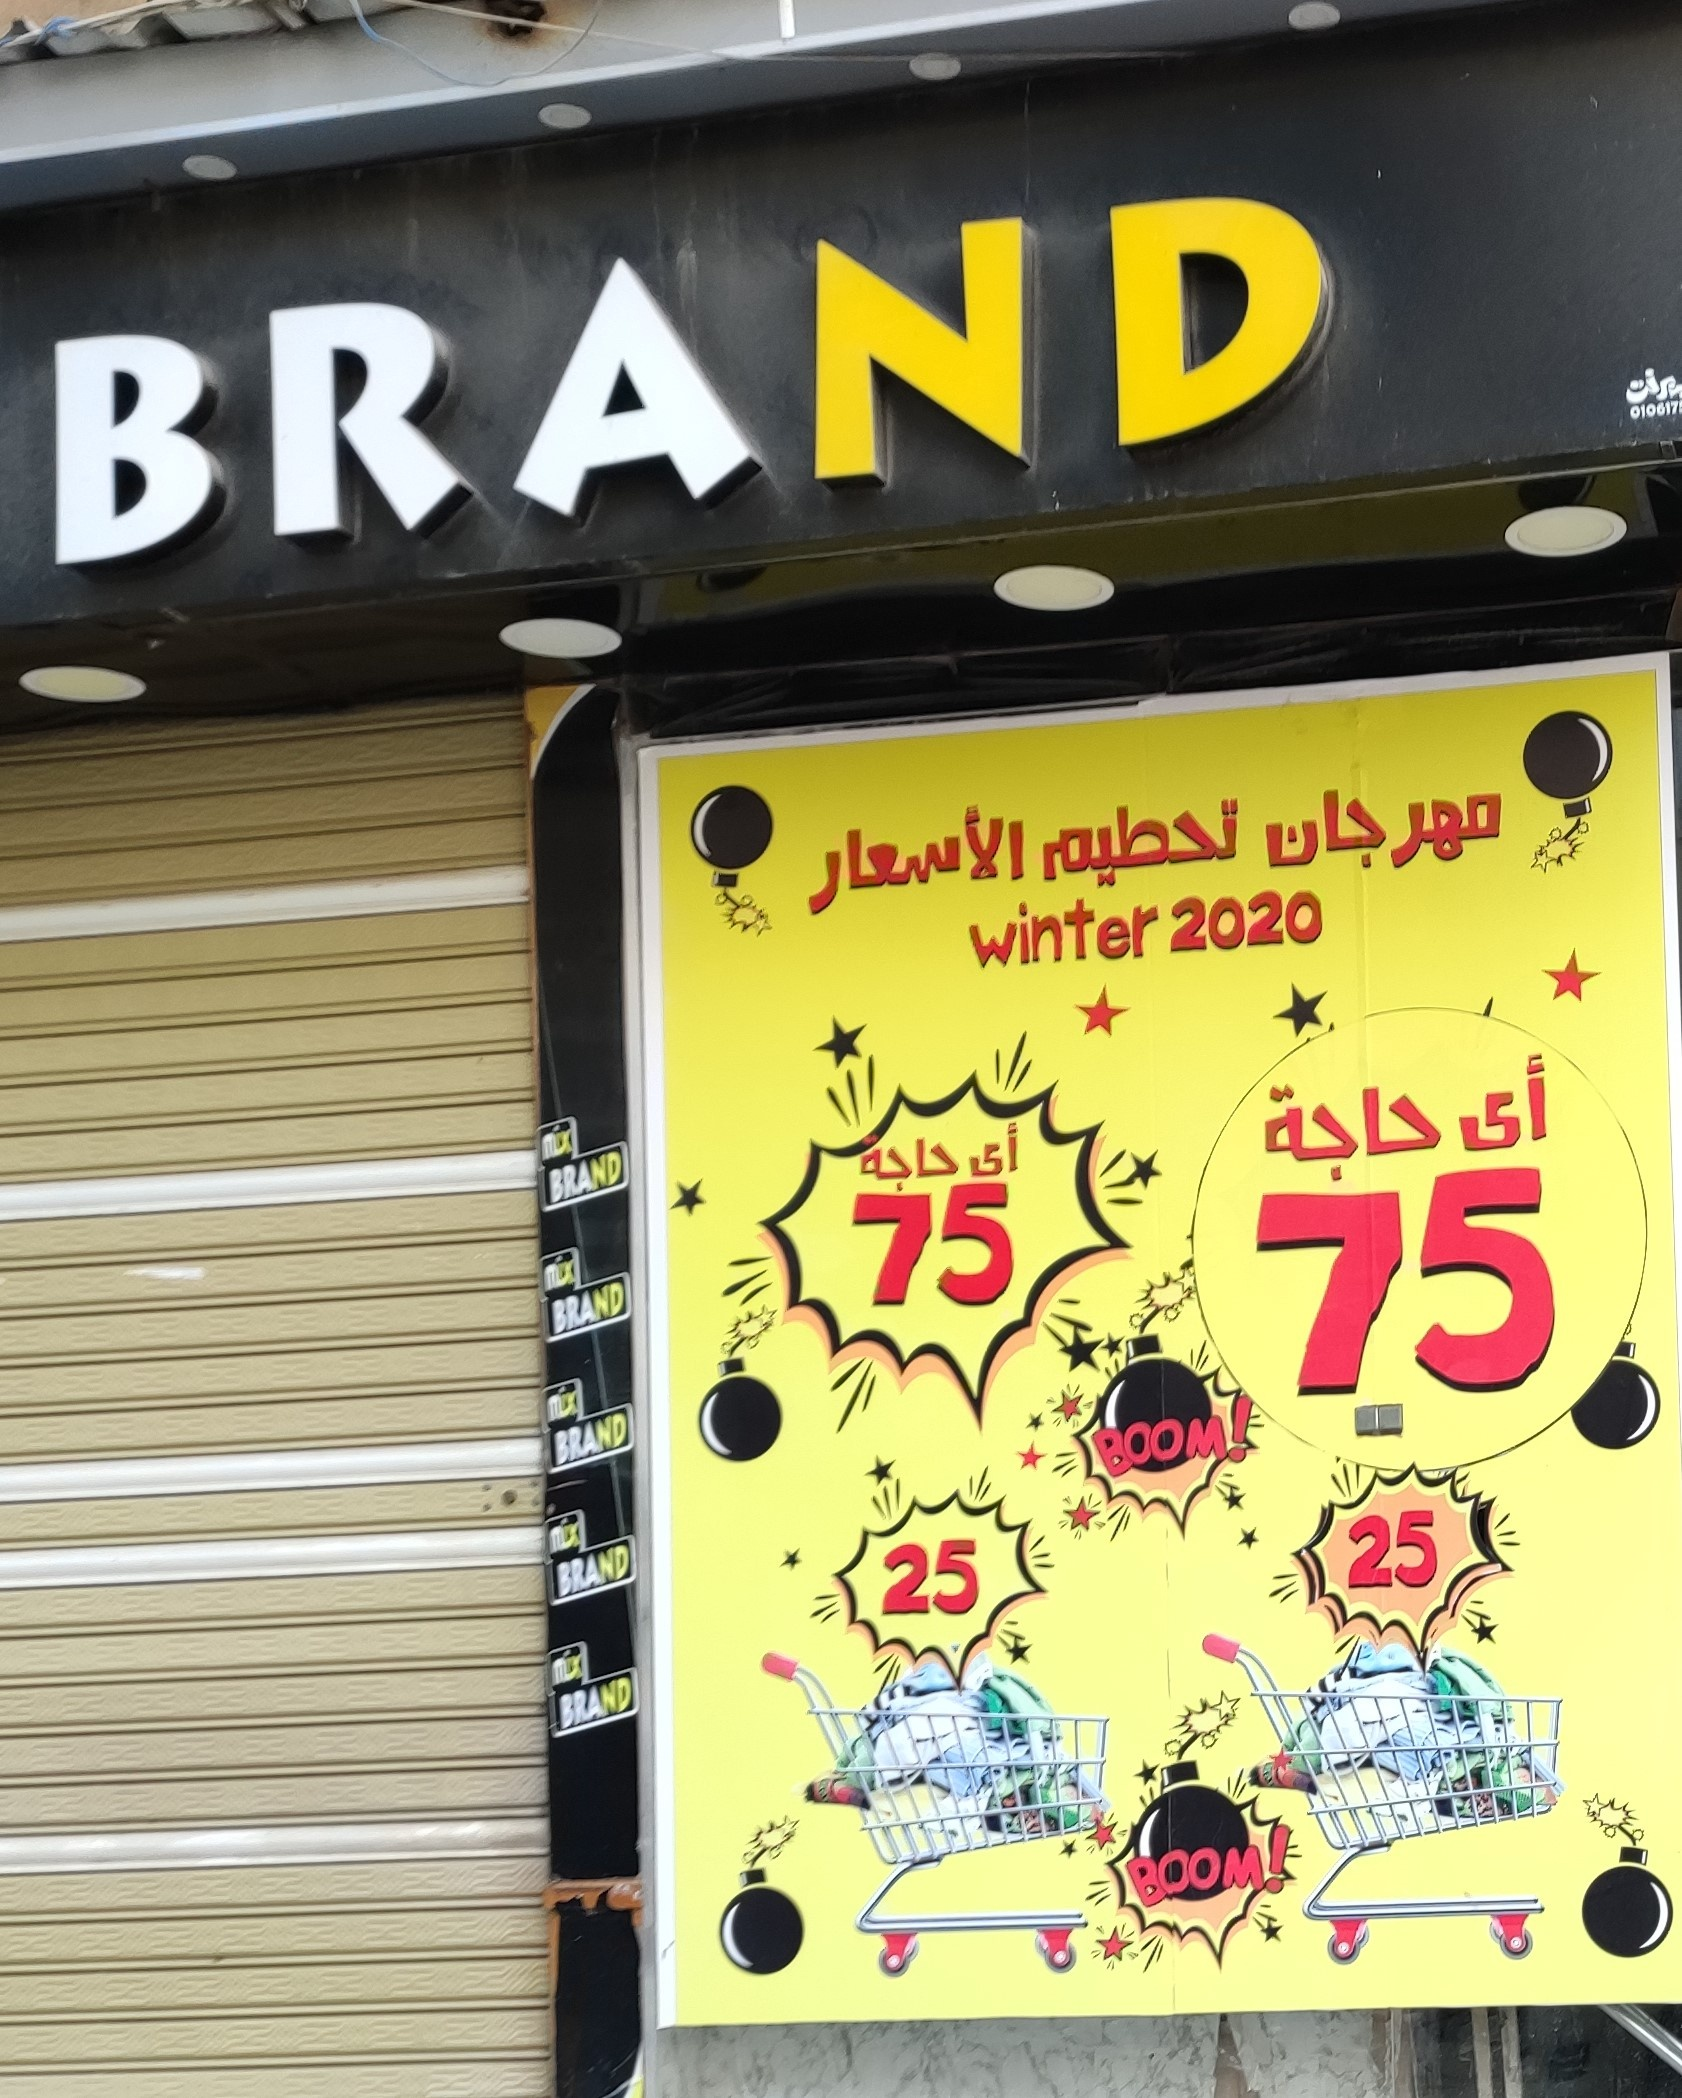
Text in image: مهرجان تحطيم الأسعار أي حاجة أي حاجة BRAND 2020 winter 75 75 BOOM 25 25 BOOM